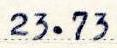
23.73